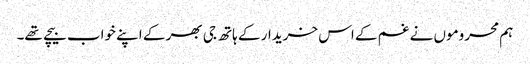
ہم محروموں نے غم کے اس خریدار کے ہاتھ جی بھر کے اپنے خواب بیچے تھے۔